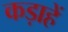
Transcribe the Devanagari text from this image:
कड़ाहें